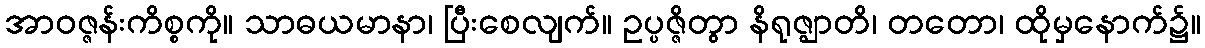
အာဝဇ္ဇန်းကိစ္စကို။ သာဓယမာနာ၊ ပြီးစေလျက်။ ဥပ္ပဇ္ဇိတွာ နိရုဇ္ဈာတိ၊ တတော၊ ထိုမှနောက်၌။